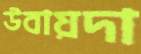
উবায়দা